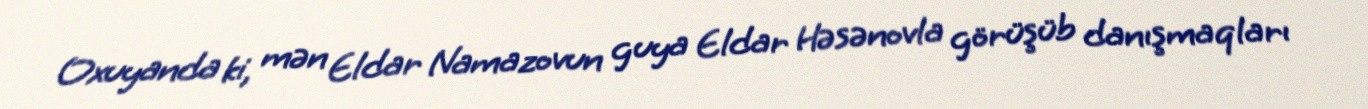
Oxuyanda ki, mən Eldar Namazovun guya Eldar Həsənovla görüşüb danışmaqları